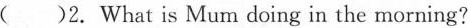
( )2.What is Mum doing in the morning?